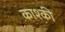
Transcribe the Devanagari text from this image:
काश्की